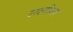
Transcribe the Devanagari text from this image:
सलोना